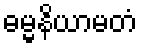
ဓမ္မနိယာမတံ